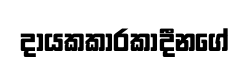
දායකකාරකාදීනගේ